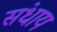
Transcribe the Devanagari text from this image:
संधाय